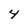
Character: 4